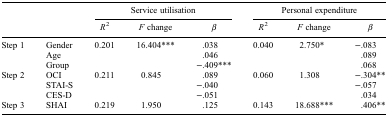
<table><thead><tr><td rowspan="2" colspan="2"><b> </b></td><td colspan="3"><b>Service utilisation</b></td><td colspan="3"><b>Personal expenditure</b></td></tr><tr><td><b><i>R</i><sup>2</sup></b></td><td><b><i>F</i> change</b></td><td><b><i>β</i></b></td><td><b><i>R</i><sup>2</sup></b></td><td><b><i>F</i> change</b></td><td><b><i>β</i></b></td></tr></thead><tbody><tr><td rowspan="3">Step 1</td><td>Gender</td><td>0.201</td><td>16.404***</td><td>.038</td><td>0.040</td><td>2.750*</td><td>−.083</td></tr><tr><td>Age</td><td> </td><td> </td><td>.046</td><td> </td><td> </td><td>.089</td></tr><tr><td>Group</td><td> </td><td> </td><td>−.409***</td><td> </td><td> </td><td>.068</td></tr><tr><td rowspan="3">Step 2</td><td>OCI</td><td>0.211</td><td>0.845</td><td>.089</td><td>0.060</td><td>1.308</td><td>−.304**</td></tr><tr><td>STAI-S</td><td> </td><td> </td><td>−.040</td><td> </td><td> </td><td>−.057</td></tr><tr><td>CES-D</td><td> </td><td> </td><td>−.051</td><td> </td><td> </td><td>.034</td></tr><tr><td>Step 3</td><td>SHAI</td><td>0.219</td><td>1.950</td><td>.125</td><td>0.143</td><td>18.688***</td><td>.406**</td></tr></tbody></table>